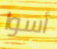
أسوا